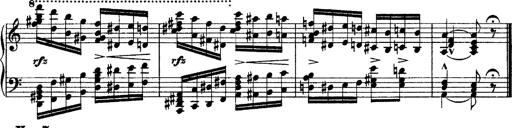
Title: Grandes Ã©tudes de Paganini
Composer: Franz Liszt